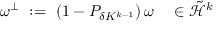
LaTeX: \omega ^ { \perp } \ : = \ \left( 1 - P _ { \delta K ^ { k - 1 } } \right) \omega \ \ \ \in \tilde { { \mathcal H } } ^ { k }